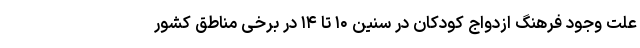
علت وجود فرهنگ‌ ازدواج کودکان در سنین ۱۰ تا ۱۴ در برخی مناطق کشور